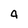
Character: 4